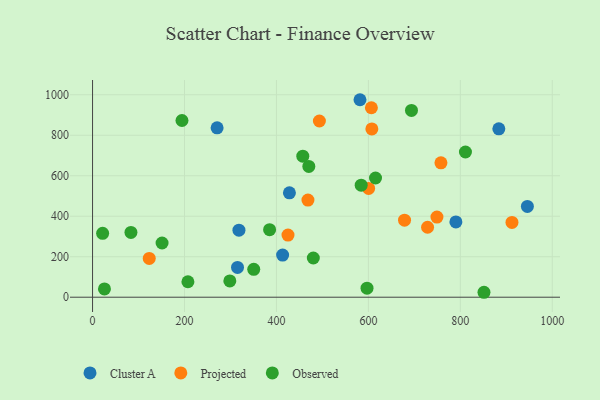
{"axis": {"x": "Speed", "y": "Rating"}, "legend": ["Cluster A", "Observed", "Projected"], "data": [{"x": "315.3", "y": 147.3, "type": "Cluster A"}, {"x": "428.2", "y": 515.5, "type": "Cluster A"}, {"x": "270.9", "y": 836.7, "type": "Cluster A"}, {"x": "318.4", "y": 331.3, "type": "Cluster A"}, {"x": "790.3", "y": 371.7, "type": "Cluster A"}, {"x": "581.7", "y": 975.5, "type": "Cluster A"}, {"x": "883.7", "y": 831.8, "type": "Cluster A"}, {"x": "945.8", "y": 448.7, "type": "Cluster A"}, {"x": "413.4", "y": 208.0, "type": "Cluster A"}, {"x": "912.3", "y": 369.3, "type": "Projected"}, {"x": "749.1", "y": 395.7, "type": "Projected"}, {"x": "493.4", "y": 870.5, "type": "Projected"}, {"x": "607.5", "y": 831.5, "type": "Projected"}, {"x": "425.1", "y": 307.0, "type": "Projected"}, {"x": "123.3", "y": 191.8, "type": "Projected"}, {"x": "606.5", "y": 935.9, "type": "Projected"}, {"x": "757.8", "y": 663.6, "type": "Projected"}, {"x": "600.5", "y": 537.4, "type": "Projected"}, {"x": "468.5", "y": 480.0, "type": "Projected"}, {"x": "728.7", "y": 345.7, "type": "Projected"}, {"x": "678.6", "y": 380.4, "type": "Projected"}, {"x": "151.2", "y": 267.7, "type": "Observed"}, {"x": "480.2", "y": 193.8, "type": "Observed"}, {"x": "25.9", "y": 41.0, "type": "Observed"}, {"x": "350.6", "y": 137.8, "type": "Observed"}, {"x": "470.4", "y": 646.1, "type": "Observed"}, {"x": "811.1", "y": 717.3, "type": "Observed"}, {"x": "298.6", "y": 80.3, "type": "Observed"}, {"x": "851.4", "y": 24.4, "type": "Observed"}, {"x": "83.5", "y": 320.0, "type": "Observed"}, {"x": "584.3", "y": 553.6, "type": "Observed"}, {"x": "457.3", "y": 696.9, "type": "Observed"}, {"x": "693.7", "y": 922.6, "type": "Observed"}, {"x": "615.5", "y": 588.9, "type": "Observed"}, {"x": "385.1", "y": 333.6, "type": "Observed"}, {"x": "194.5", "y": 872.8, "type": "Observed"}, {"x": "207.4", "y": 76.4, "type": "Observed"}, {"x": "21.9", "y": 315.8, "type": "Observed"}, {"x": "597.0", "y": 44.8, "type": "Observed"}]}